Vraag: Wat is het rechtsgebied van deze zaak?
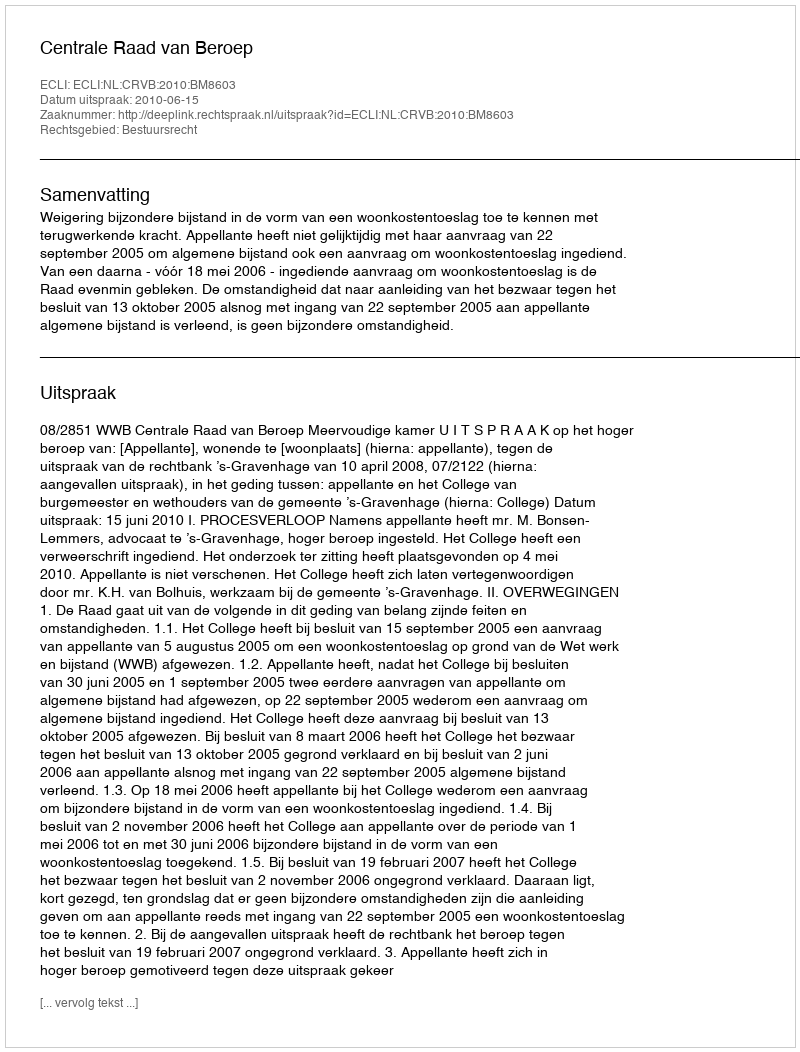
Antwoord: Bestuursrecht